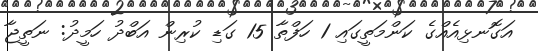
އަގޮނޅިއެއްގެ ކަންމަތީގައި 1 ހަފްތާ 15 ގަޑި ކުރިން އަބްދު ހަމީދު: ނަތީޖާ